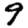
Digit: 9